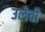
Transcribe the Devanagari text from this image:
उलेवी